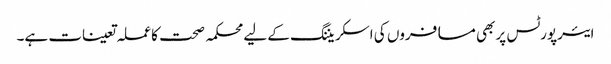
ایئرپورٹس پر بھی مسافروں کی اسکریننگ کے لیے محکمہ صحت کا عملہ تعینات ہے۔